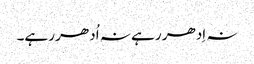
نہ اِدھر رہے نہ اُدھر رہے۔